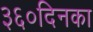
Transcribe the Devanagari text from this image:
३६०दिनका